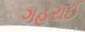
ગહરાઈ